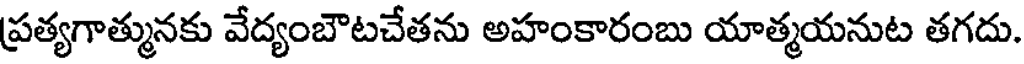
ప్రత్యగాత్మునకు వేద్యంబౌటచేతను అహంకారంబు యాత్మయనుట తగదు.